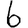
Digit: 6